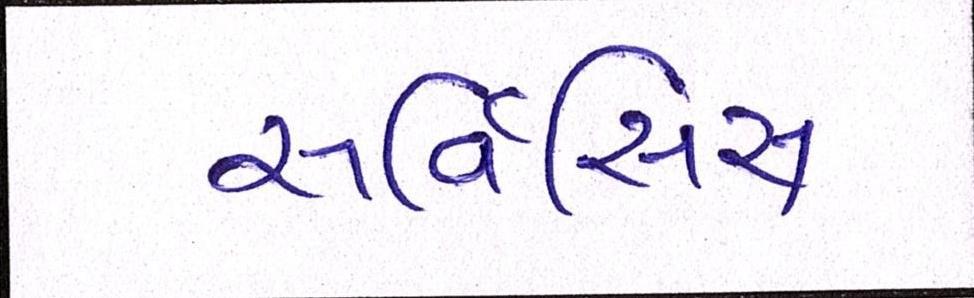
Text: સર્વિસિસ